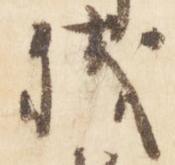
残